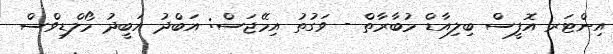
އިންޓަރ އޮފީސް ބިލިއާޑް މުބާރާތް - ވަގުތު އިމޭޖަސް: އަބްދު އަބީދު މޯލްޑިވްސް